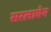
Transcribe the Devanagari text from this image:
सरलाबेन